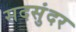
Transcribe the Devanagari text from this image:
सदसुंदर